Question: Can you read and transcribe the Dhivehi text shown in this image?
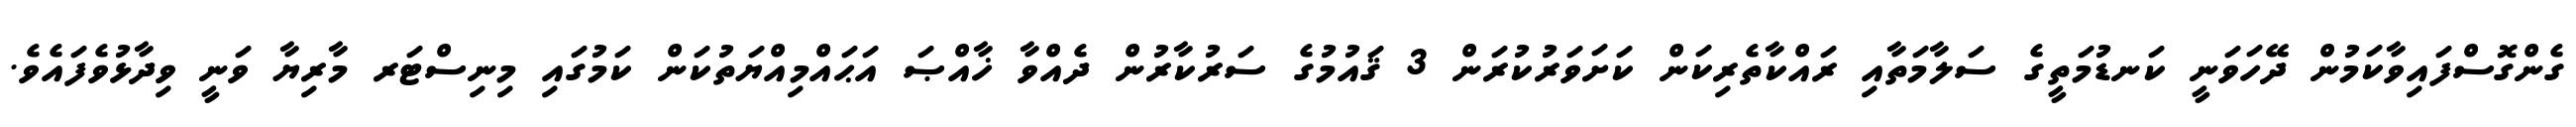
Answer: ގެންގޮސްފައިވާކަމުން ދޭހަވަނީ ކަނޑުމަތީގެ ސަލާމަތާއި ރައްކާތެރިކަން ކަށަވަރުކުރަން 3 ޤައުމުގެ ސަރުކާރުން ދެއްވާ ޚާއްޞަ އަޙައްމިއްޔަތުކަން ކަމުގައި މިނިސްޓަރ މާރިޔާ ވަނީ ވިދާޅުވެފައެވެ.